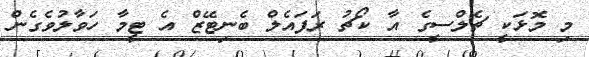
މި މޮޅަކީ ޗެލްސީގެ އާ ކޯޗު ރަފައެލް ބެނިޓޭޒް އެ ޓީމާ ހަވާލުވެގެން